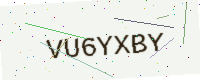
Text: VU6YXBY